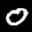
Label: 0